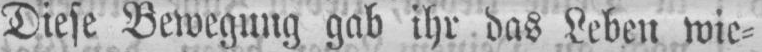
Diese Bewegung gab ihr das Leben wie⸗